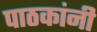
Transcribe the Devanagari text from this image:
पाठकांनी